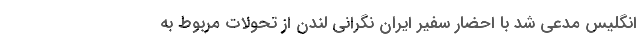
انگلیس مدعی شد با احضار سفیر ایران نگرانی لندن از تحولات مربوط به